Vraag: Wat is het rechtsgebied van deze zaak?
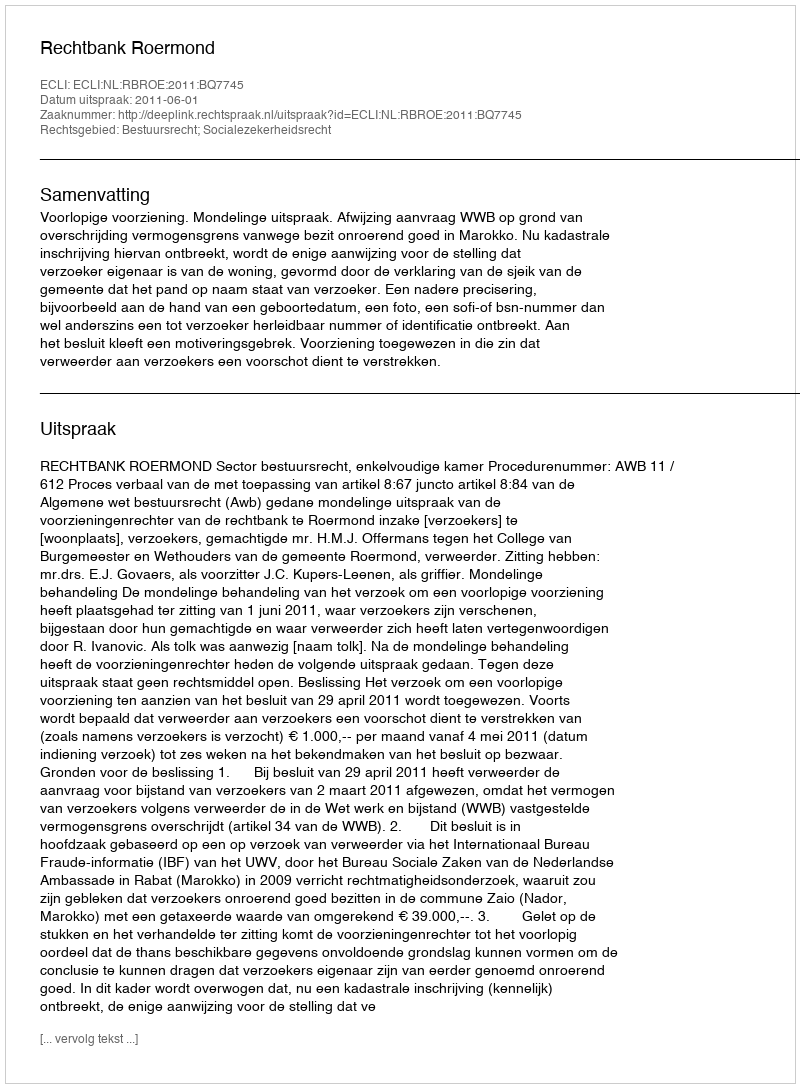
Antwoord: Bestuursrecht; Socialezekerheidsrecht